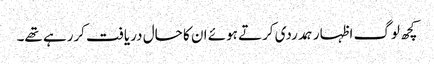
کچھ لوگ اظہار ہمدردی کرتے ہوئے ان کا حال دریافت کررہے تھے۔